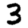
Digit: 3